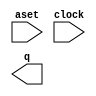
// megafunction wizard: %LPM_COUNTER%VBB%
// GENERATION: STANDARD
// VERSION: WM1.0
// MODULE: LPM_COUNTER 

// ============================================================
// Megafunction Name(s):
// 			LPM_COUNTER
//
// Simulation Library Files(s):
// 			lpm
// ============================================================
// ************************************************************
// THIS IS A WIZARD-GENERATED FILE. DO NOT EDIT THIS FILE!
//
// 16.0.0 Build 211 04/27/2016 SJ Standard Edition
// ************************************************************

//Copyright (C) 1991-2016 Altera Corporation. All rights reserved.
//Your use of Altera Corporation's design tools, logic functions 
//and other software and tools, and its AMPP partner logic 
//functions, and any output files from any of the foregoing 
//(including device programming or simulation files), and any 
//associated documentation or information are expressly subject 
//to the terms and conditions of the Altera Program License 
//Subscription Agreement, the Altera Quartus Prime License Agreement,
//the Altera MegaCore Function License Agreement, or other 
//applicable license agreement, including, without limitation, 
//that your use is for the sole purpose of programming logic 
//devices manufactured by Altera and sold by Altera or its 
//authorized distributors.  Please refer to the applicable 
//agreement for further details.

module Counter_4 (
	aset,
	clock,
	q);

	input	  aset;
	input	  clock;
	output	[1:0]  q;

endmodule

// ============================================================
// CNX file retrieval info
// ============================================================
// Retrieval info: PRIVATE: ACLR NUMERIC "0"
// Retrieval info: PRIVATE: ALOAD NUMERIC "0"
// Retrieval info: PRIVATE: ASET NUMERIC "1"
// Retrieval info: PRIVATE: ASET_ALL1 NUMERIC "0"
// Retrieval info: PRIVATE: CLK_EN NUMERIC "0"
// Retrieval info: PRIVATE: CNT_EN NUMERIC "0"
// Retrieval info: PRIVATE: CarryIn NUMERIC "0"
// Retrieval info: PRIVATE: CarryOut NUMERIC "0"
// Retrieval info: PRIVATE: Direction NUMERIC "0"
// Retrieval info: PRIVATE: INTENDED_DEVICE_FAMILY STRING "Cyclone V"
// Retrieval info: PRIVATE: ModulusCounter NUMERIC "0"
// Retrieval info: PRIVATE: ModulusValue NUMERIC "0"
// Retrieval info: PRIVATE: SCLR NUMERIC "0"
// Retrieval info: PRIVATE: SLOAD NUMERIC "0"
// Retrieval info: PRIVATE: SSET NUMERIC "0"
// Retrieval info: PRIVATE: SSET_ALL1 NUMERIC "0"
// Retrieval info: PRIVATE: SYNTH_WRAPPER_GEN_POSTFIX STRING "0"
// Retrieval info: PRIVATE: nBit NUMERIC "2"
// Retrieval info: PRIVATE: new_diagram STRING "1"
// Retrieval info: LIBRARY: lpm lpm.lpm_components.all
// Retrieval info: CONSTANT: LPM_AVALUE STRING "1"
// Retrieval info: CONSTANT: LPM_DIRECTION STRING "UP"
// Retrieval info: CONSTANT: LPM_PORT_UPDOWN STRING "PORT_UNUSED"
// Retrieval info: CONSTANT: LPM_TYPE STRING "LPM_COUNTER"
// Retrieval info: CONSTANT: LPM_WIDTH NUMERIC "2"
// Retrieval info: USED_PORT: aset 0 0 0 0 INPUT NODEFVAL "aset"
// Retrieval info: USED_PORT: clock 0 0 0 0 INPUT NODEFVAL "clock"
// Retrieval info: USED_PORT: q 0 0 2 0 OUTPUT NODEFVAL "q[1..0]"
// Retrieval info: CONNECT: @aset 0 0 0 0 aset 0 0 0 0
// Retrieval info: CONNECT: @clock 0 0 0 0 clock 0 0 0 0
// Retrieval info: CONNECT: q 0 0 2 0 @q 0 0 2 0
// Retrieval info: GEN_FILE: TYPE_NORMAL Counter_4.v TRUE
// Retrieval info: GEN_FILE: TYPE_NORMAL Counter_4.inc FALSE
// Retrieval info: GEN_FILE: TYPE_NORMAL Counter_4.cmp FALSE
// Retrieval info: GEN_FILE: TYPE_NORMAL Counter_4.bsf FALSE
// Retrieval info: GEN_FILE: TYPE_NORMAL Counter_4_inst.v FALSE
// Retrieval info: GEN_FILE: TYPE_NORMAL Counter_4_bb.v TRUE
// Retrieval info: LIB_FILE: lpm